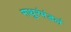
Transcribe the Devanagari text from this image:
माथुरंमंडलं